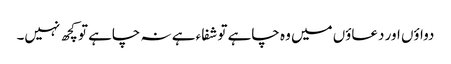
دواؤں اور دعاؤں میں وہ چاہے تو شفاء ہے نہ چاہے تو کچھ نہیں۔